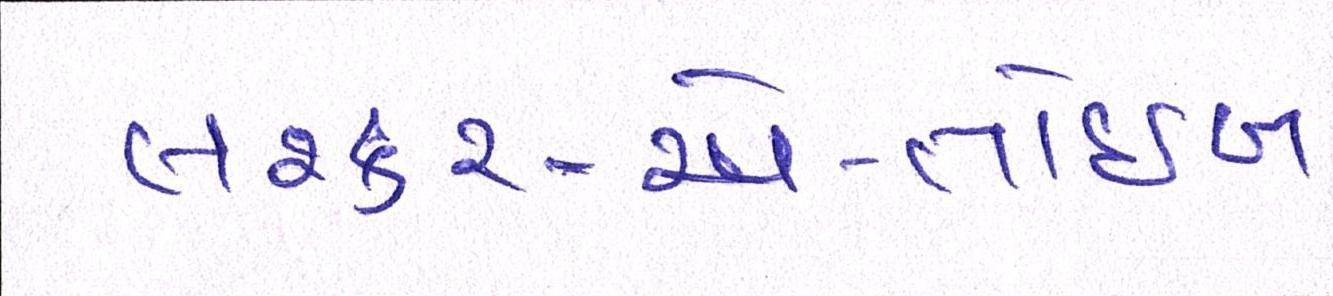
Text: લશ્કર-એ-તોઈબા